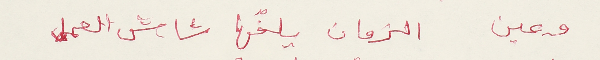
وعين الزمان يلفّها شاش العمل